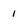
Character: i